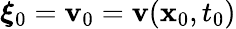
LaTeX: {\boldsymbol\xi}_{0}={\mathbf v}_{0}={\mathbf v}({\mathbf x}_{0},t_{0})